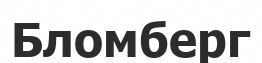
Бломберг